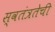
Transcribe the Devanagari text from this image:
स्वतंत्रतेची